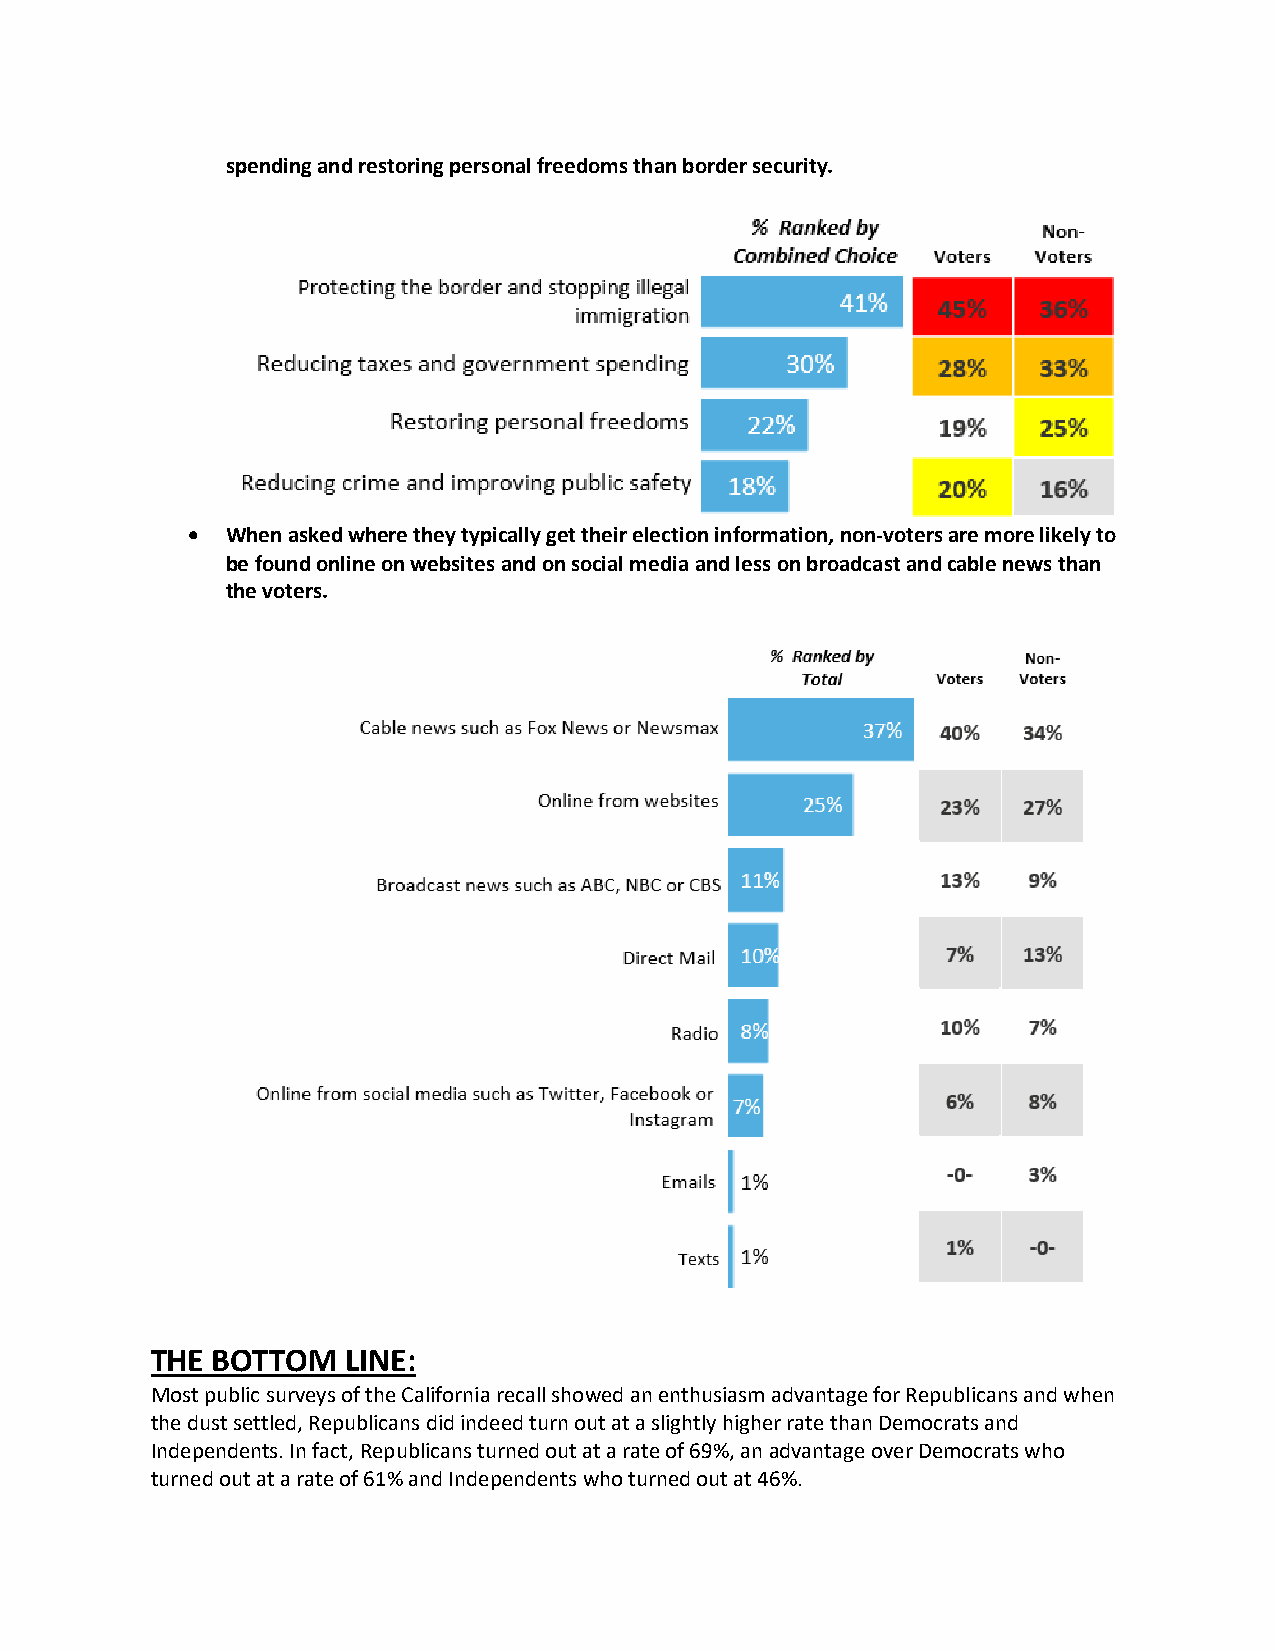
spending and restoring personal freedoms than border security.
 •  When asked where they typically get their election information, non-voters are more likely to
 be found online on websites and on social media and less on broadcast and cable news than
 the voters.
 THE BOTTOM   LINE:
 Most public surveys of the California recall showed an enthusiasm advantage for Republicans and when
 the dust settled, Republicans did indeed turn out at a slightly higher rate than Democrats and
 Independents. In fact, Republicans turned out at a rate of 69%, an advantage over Democrats who
 turned out at a rate of 61% and Independents who turned out at 46%.